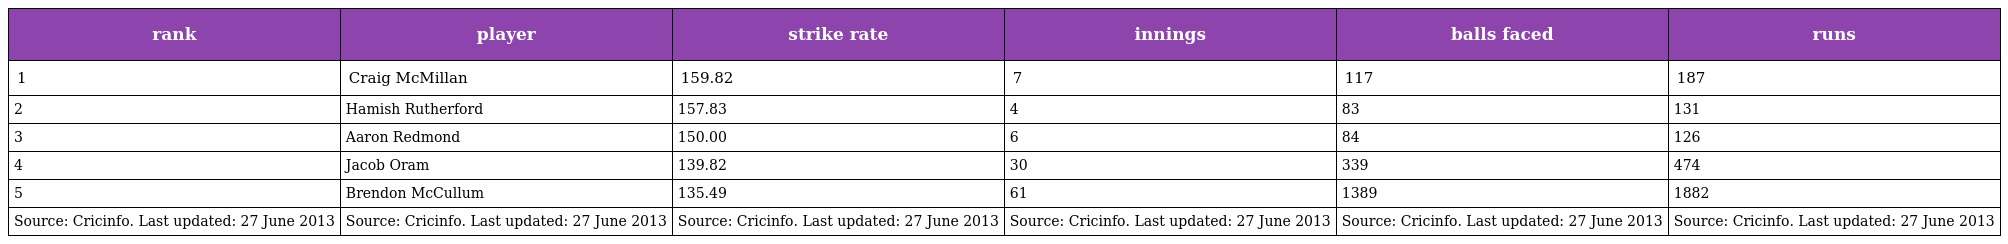
| rank | player | strike rate | innings | balls faced | runs |
 | --- | --- | --- | --- | --- | --- |
 | 1 | Craig McMillan | 159.82 | 7 | 117 | 187 |
 | 2 | Hamish Rutherford | 157.83 | 4 | 83 | 131 |
 | 3 | Aaron Redmond | 150.00 | 6 | 84 | 126 |
 | 4 | Jacob Oram | 139.82 | 30 | 339 | 474 |
 | 5 | Brendon McCullum | 135.49 | 61 | 1389 | 1882 |
 | Source: Cricinfo. Last updated: 27 June 2013 | Source: Cricinfo. Last updated: 27 June 2013 | Source: Cricinfo. Last updated: 27 June 2013 | Source: Cricinfo. Last updated: 27 June 2013 | Source: Cricinfo. Last updated: 27 June 2013 | Source: Cricinfo. Last updated: 27 June 2013 |